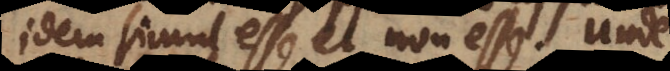
idem simul esse et non esse. Unde